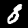
Digit: 8